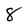
Character: 8